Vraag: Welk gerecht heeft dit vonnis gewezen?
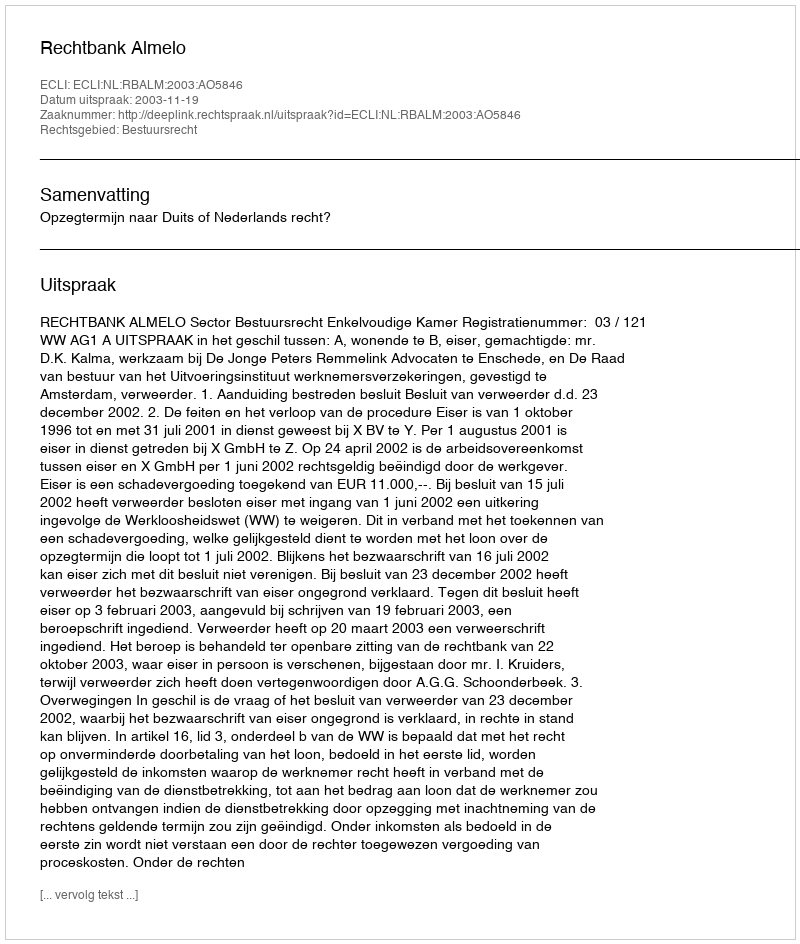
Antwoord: Rechtbank Almelo